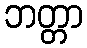
ဘတ္တာ